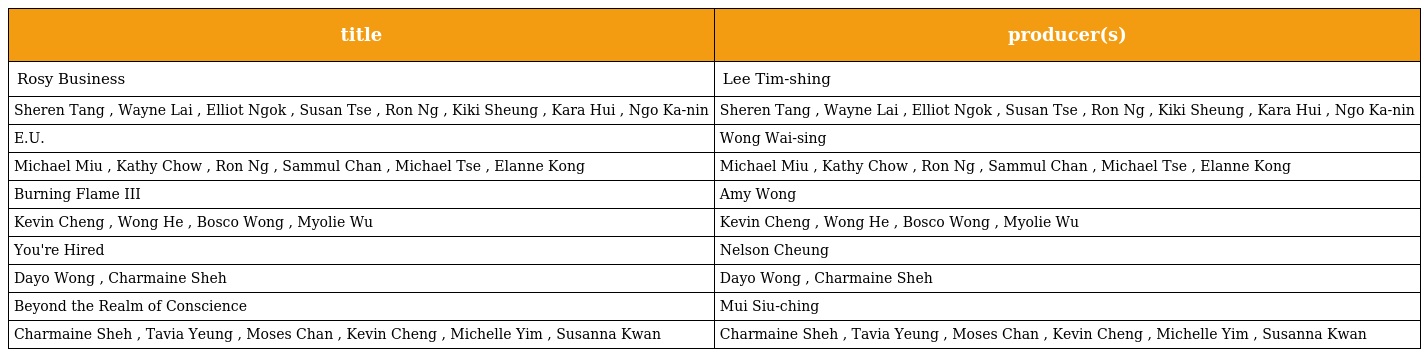
| title | producer(s) |
 | --- | --- |
 | Rosy Business | Lee Tim-shing 李添勝 |
 | Sheren Tang , Wayne Lai , Elliot Ngok , Susan Tse , Ron Ng , Kiki Sheung , Kara Hui , Ngo Ka-nin | Sheren Tang , Wayne Lai , Elliot Ngok , Susan Tse , Ron Ng , Kiki Sheung , Kara Hui , Ngo Ka-nin |
 | E.U. | Wong Wai-sing 黃偉聲 |
 | Michael Miu , Kathy Chow , Ron Ng , Sammul Chan , Michael Tse , Elanne Kong | Michael Miu , Kathy Chow , Ron Ng , Sammul Chan , Michael Tse , Elanne Kong |
 | Burning Flame III | Amy Wong 王心慰 |
 | Kevin Cheng , Wong He , Bosco Wong , Myolie Wu | Kevin Cheng , Wong He , Bosco Wong , Myolie Wu |
 | You're Hired | Nelson Cheung 張乾文 |
 | Dayo Wong , Charmaine Sheh | Dayo Wong , Charmaine Sheh |
 | Beyond the Realm of Conscience | Mui Siu-ching 梅小青 |
 | Charmaine Sheh , Tavia Yeung , Moses Chan , Kevin Cheng , Michelle Yim , Susanna Kwan | Charmaine Sheh , Tavia Yeung , Moses Chan , Kevin Cheng , Michelle Yim , Susanna Kwan |